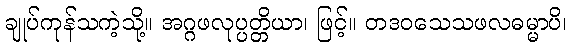
ချုပ်ကုန်သကဲ့သို့။ အဂ္ဂဖလုပ္ပတ္တိယာ၊ ဖြင့်။ တဒဝသေသဖလဓမ္မာပိ၊